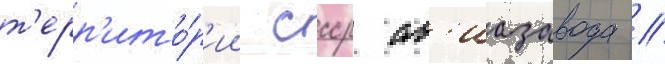
т'ерр'ито́р'ии ссср ав'иазавода //